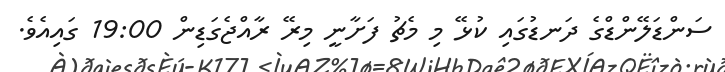
ސަންޑަލޭންޑްގެ ދަނޑުގައި ކުޅޭ މި މެޗު ފަށާނީ މިރޭ ރާއްޖެގަޑިން 19:00 ގައިއެވެ.